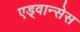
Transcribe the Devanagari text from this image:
एड्वान्सेस